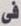
فى